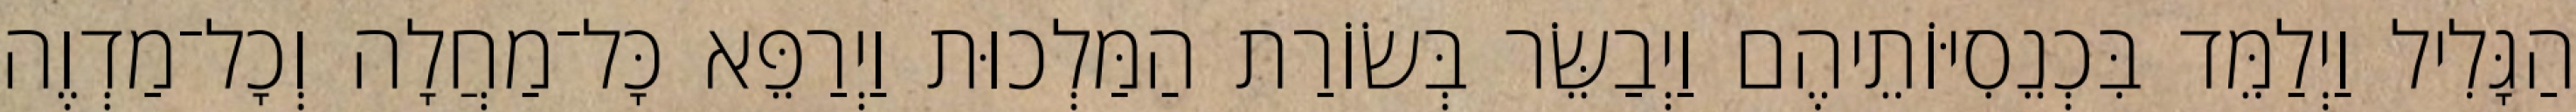
הַגָּלִיל וַיְלַמֵּד בִּכְנֵסִיּוֹתֵיהֶם וַיְבַשֵּׂר בְּשׂוֹרַת הַמַּלְכוּת וַיְרַפֵּא כָּל־מַחֲלָה וְכָל־מַדְוֶה